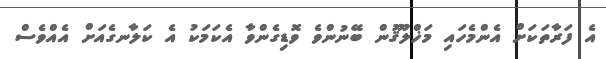
އެ ފަރާތަކަށް އެންމެހައި މަޚްލޫޤުން ބޭނުންވެ ވޮޑިގެންވާ އެކަމަކު އެ ކަލާނގެއަށް އެއްވެސް